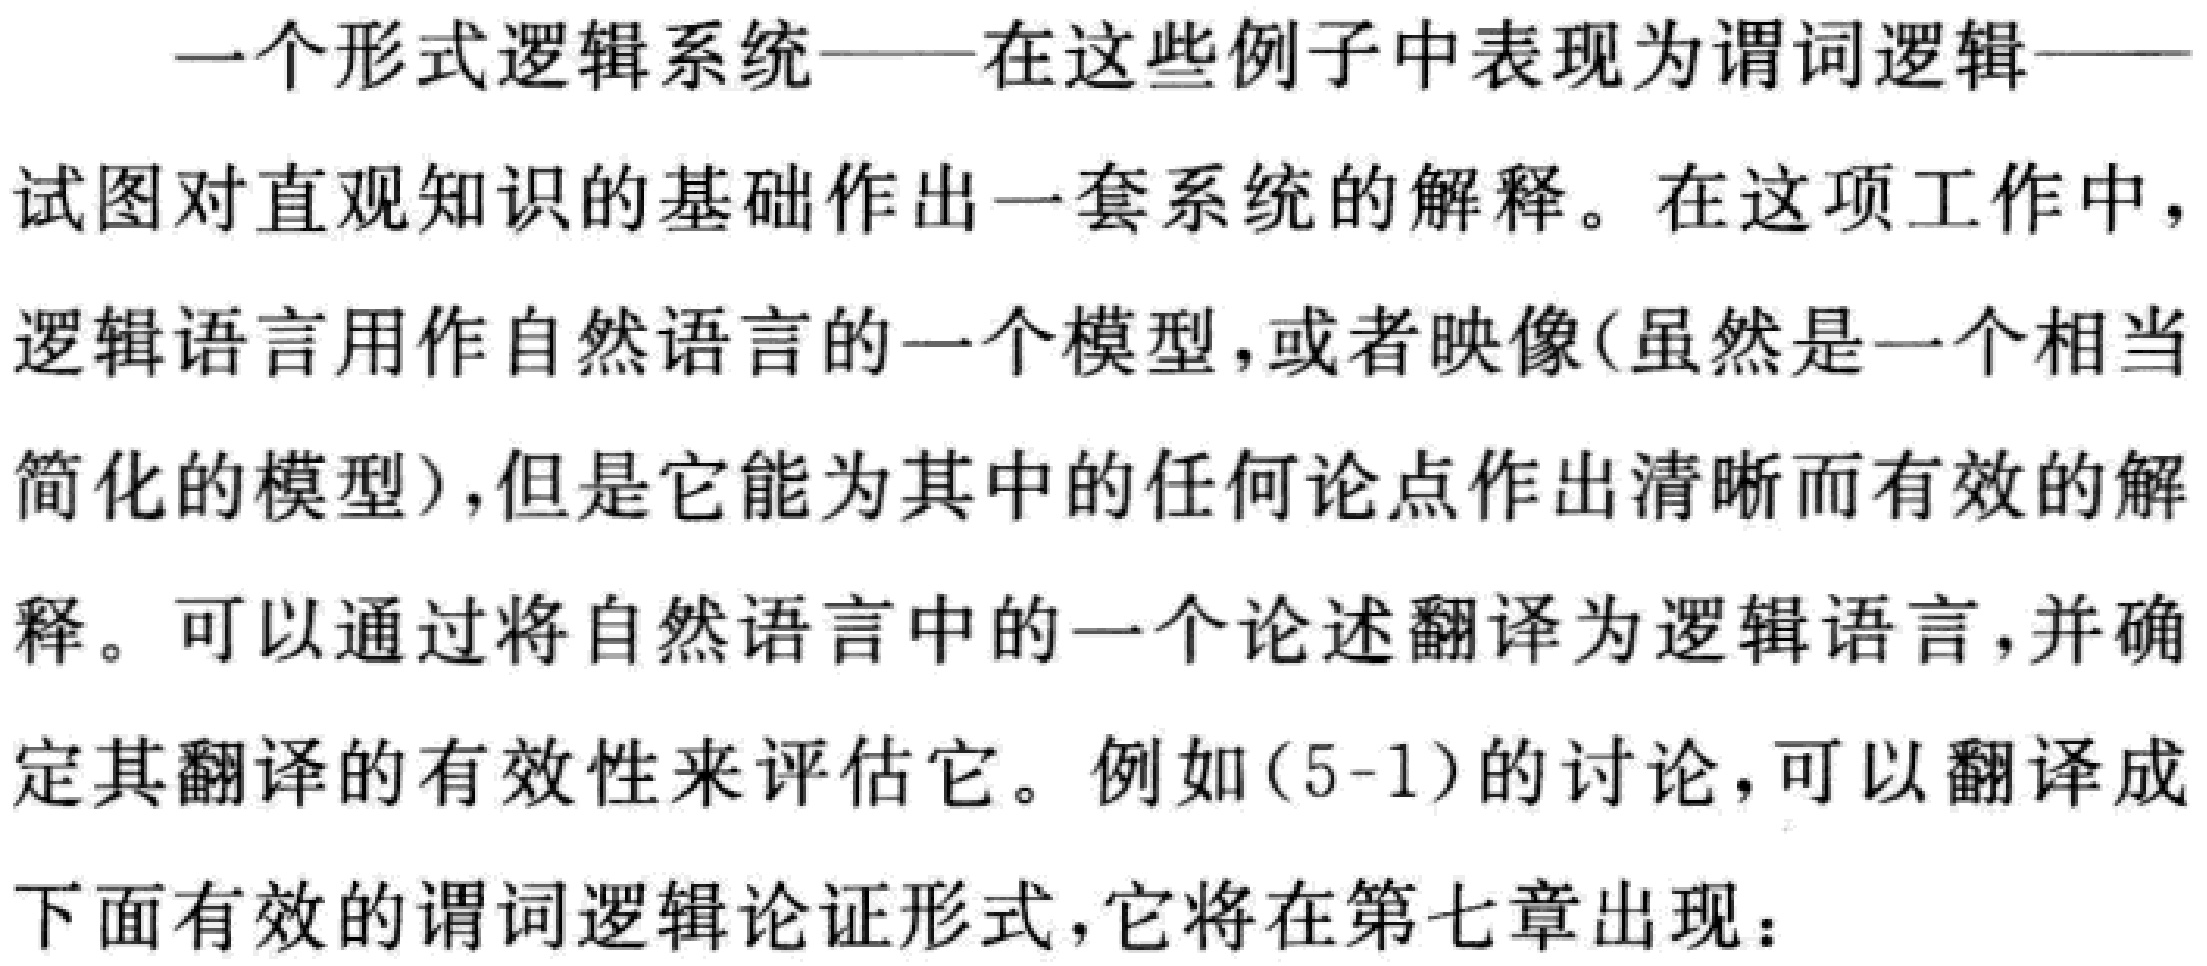
一个形式逻辑系统——在这些例子中表现为谓词逻辑——试图对直观知识的基础作出一套系统的解释。在这项工作中，逻辑语言用作自然语言的一个模型，或者映像(虽然是一个相当简化的模型)，但是它能为其中的任何论点作出清晰而有效的解释。可以通过将自然语言中的一个论述翻译为逻辑语言，并确定其翻译的有效性来评估它。例如(5-1)的讨论，可以翻译成下面有效的谓词逻辑论证形式，它将在第七章出现：